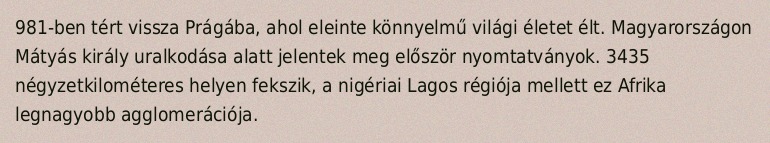
981-ben tért vissza Prágába, ahol eleinte könnyelmű világi életet élt. Magyarországon Mátyás király uralkodása alatt jelentek meg először nyomtatványok. 3435 négyzetkilométeres helyen fekszik, a nigériai Lagos régiója mellett ez Afrika legnagyobb agglomerációja.